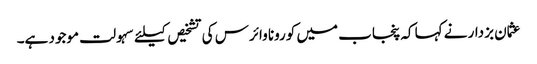
عثمان بزدار نے کہا کہ پنجاب میں کورونا وائرس کی تشخیص کیلئے سہولت موجود ہے۔